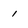
Character: 1